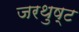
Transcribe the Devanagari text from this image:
जरथुष्ट